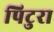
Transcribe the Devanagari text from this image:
पिटुरा